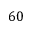
6 0